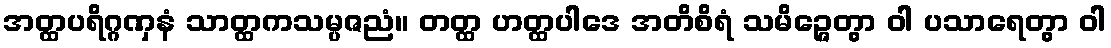
အတ္ထပရိဂ္ဂဏှနံ သာတ္ထကသမ္ပဇညံ။ တတ္ထ ဟတ္ထပါဒေ အတိစိရံ သမိဉ္ဇေတွာ ဝါ ပသာရေတွာ ဝါ